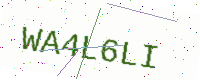
Text: WA4L6LI